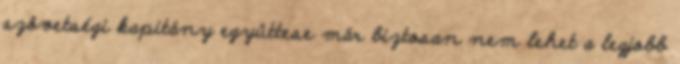
szövetségi kapitány együttese már biztosan nem lehet a legjobb